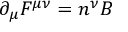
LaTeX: { \partial } _ { \mu } F ^ { { \mu } { \nu } } = n ^ { \nu } B